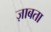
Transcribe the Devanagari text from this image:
ज़ाबता